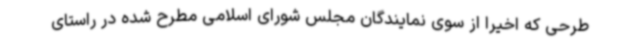
طرحی که اخیرا از سوی نمایندگان مجلس شورای اسلامی مطرح شده در راستای